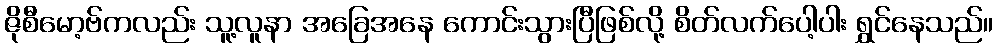
ဇိုစီမော့ဗ်ကလည်း သူ့လူနာ အခြေအနေ ကောင်းသွားပြီဖြစ်လို့ စိတ်လက်ပေါ့ပါး ရွှင်နေသည်။